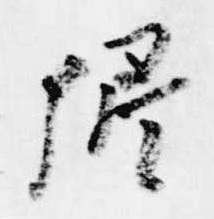
卿